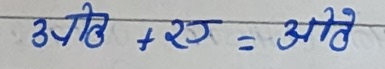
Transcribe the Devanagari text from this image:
अति + रज = आते